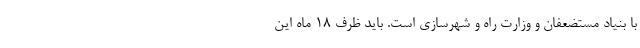
با بنیاد مستضعفان و وزارت راه و شهرسازی است. باید ظرف ۱۸ ماه این